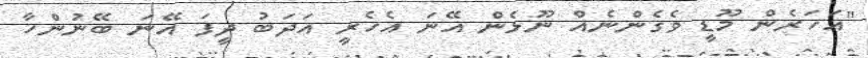
"އަހަރެން މޫޑީ ވެގެންނެއް ނޫޅެން އޭނަ އެހެރީ އަދަބު ދީފަ އޭނަ ބޭނުންހާ